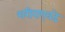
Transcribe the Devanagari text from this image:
शरीराएवढे